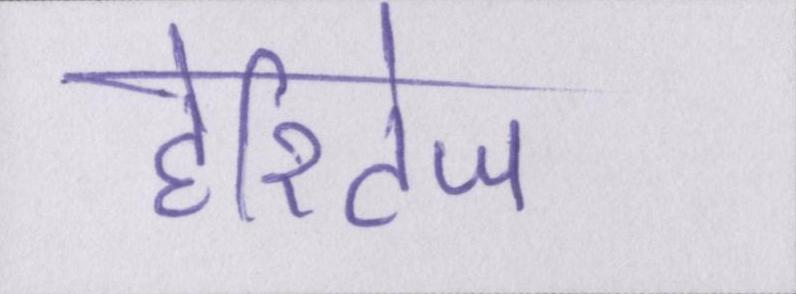
हेरिटेज